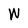
Character: W